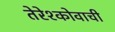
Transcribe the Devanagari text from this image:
तेरेश्कोवाची